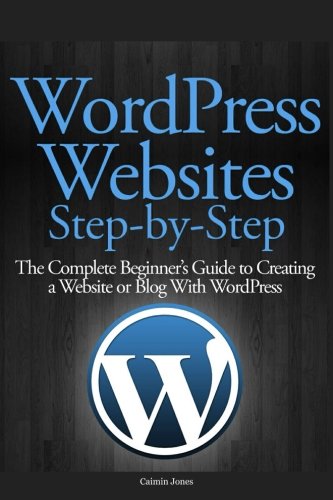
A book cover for WordPress Websites Step-by-Step: The Complete Beginner's Guide to Creating a Website or Blog With WordPress; Caimin Jones; Computers & Technology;